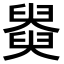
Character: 𦦚